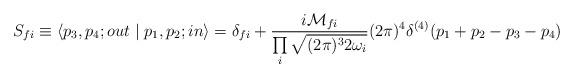
LaTeX: \begin{align*}S_{fi}\equiv \left\langle {{p_3,p_4;out}} \mathrel{\left | {\vphantom{{out\,p_3,p_4} {p_1,p_2\,in}}} \right. \kern-\nulldelimiterspace}{{p_1,p_2;in}}\right\rangle =\delta _{fi}+{{i{\cal M}_{fi}} \over {\prod\limits_i {\sqrt {(2\pi)^32\omega _i}}}}(2\pi )^4\delta ^{(4)}(p_1+p_2-p_3-p_4)\end{align*}